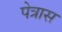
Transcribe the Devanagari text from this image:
पेत्रास